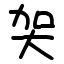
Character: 㚙